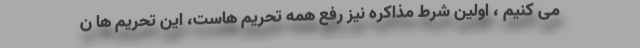
می کنیم ، اولین شرط مذاکره نیز رفع همه تحریم هاست، این تحریم ها ن